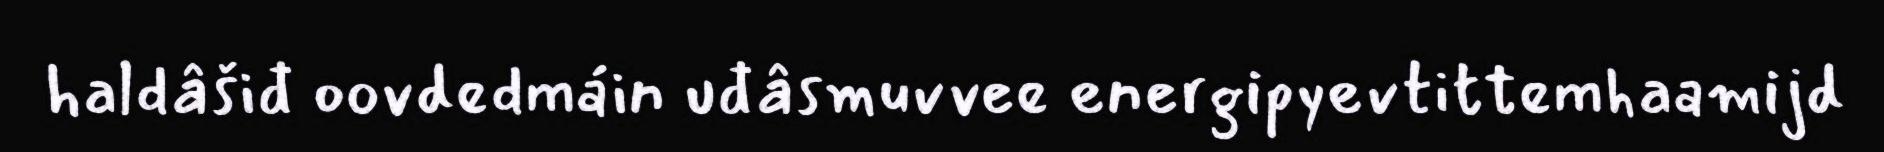
haldâšiđ oovdedmáin uđâsmuvvee energipyevtittemhaamijd